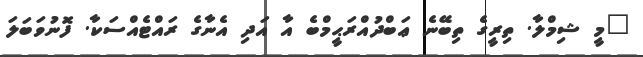
"މީ ޝިމްލާ. ތިރީގެ ތިބޭނެ ޢަބްދުއްރަޙީމްބެ އާ އަދި އެނާގެ ރައްޓެއްސަކާ. ފޮނުވަބަލަ